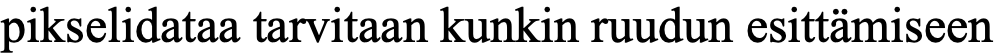
pikselidataa tarvitaan kunkin ruudun esittämiseen